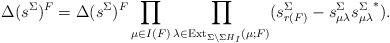
LaTeX: \begin{align*}\Delta(s^\Sigma)^F=\Delta(s^\Sigma)^F\prod_{\mu\in I(F)}\prod_{\lambda\in \mathrm{Ext}_{\Sigma\setminus \Sigma H_I}(\mu;F)}(s_{r(F)}^\Sigma-s_{\mu\lambda}^\Sigma{s_{\mu\lambda}^\Sigma}^*).\end{align*}